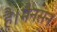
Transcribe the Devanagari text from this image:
है।मैनसन